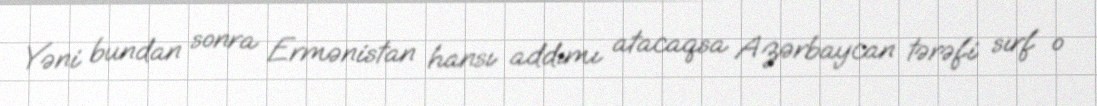
Yəni bundan sonra Ermənistan hansı addımı atacaqsa Azərbaycan tərəfi sırf o